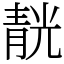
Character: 靗